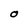
Character: O